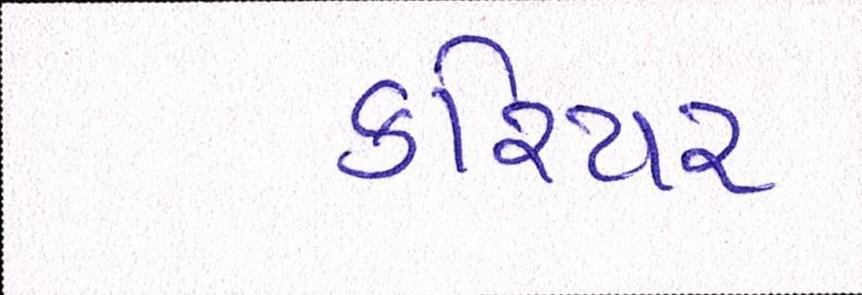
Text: કરિયર